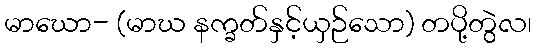
မာဃော- (မာဃ နက္ခတ်နှင့်ယှဉ်သော) တပို့တွဲလ၊